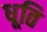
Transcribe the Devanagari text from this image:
धूति